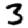
Digit: 3